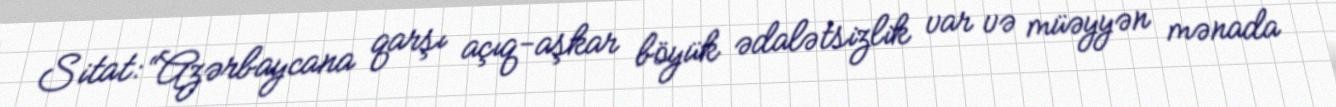
Sitat: “Azərbaycana qarşı açıq-aşkar böyük ədalətsizlik var və müəyyən mənada